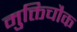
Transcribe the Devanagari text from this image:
मुक्तिचौक